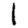
Digit: 1